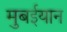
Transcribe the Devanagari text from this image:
मुबईयान